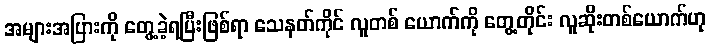
အများအပြားကို တွေ့ခဲ့ရပြီးဖြစ်ရာ သေနတ်ကိုင် လူတစ် ယောက်ကို တွေ့တိုင်း လူဆိုးတစ်ယောက်ဟု